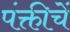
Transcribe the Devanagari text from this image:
पंक्तीचें